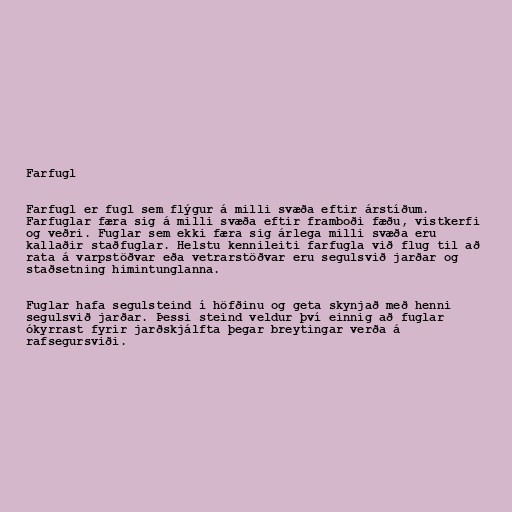
Farfugl

Farfugl er fugl sem flýgur á milli svæða eftir árstíðum.
Farfuglar færa sig á milli svæða eftir framboði fæðu, vistkerfi
og veðri. Fuglar sem ekki færa sig árlega milli svæða eru
kallaðir staðfuglar. Helstu kennileiti farfugla við flug til að
rata á varpstöðvar eða vetrarstöðvar eru segulsvið jarðar og
staðsetning himintunglanna.

Fuglar hafa segulsteind í höfðinu og geta skynjað með henni
segulsvið jarðar. Þessi steind veldur því einnig að fuglar
ókyrrast fyrir jarðskjálfta þegar breytingar verða á
rafsegursviði.